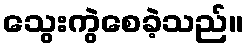
သွေးကွဲစေခဲ့သည်။